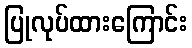
ပြုလုပ်ထားကြောင်း